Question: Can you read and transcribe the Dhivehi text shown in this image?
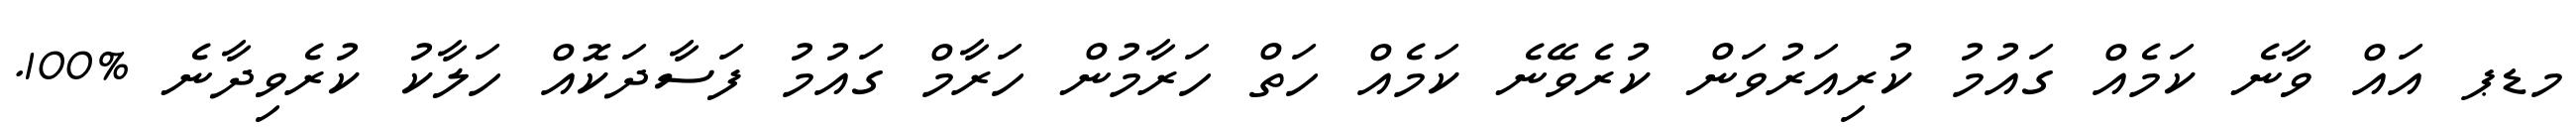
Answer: މޑޕ އައް ވާނެ ކަމެއް ގައުމު ކުރިއަރުވަން ކުރެވޭނެ ކަމެއް ހަތް ހަރާމުން ހަރާމް ގައުމު ފަސާދަކޮއް ހަލާކު ކުރެވިދާނެ %100.